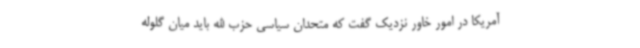
آمریکا در امور خاور نزدیک گفت که متحدان سیاسی حزب الله باید میان گلوله